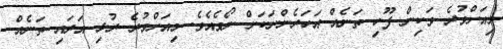
މިއަށްވުރެ ވަކިން ފޫހި ތަނެއް އަހަރެންނަކަށް ނޯވެއެވެ. މިއަށްވުރެ ރުޅި އަރައި ތަނެއް